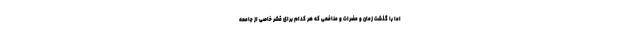
اما با گذشت زمان و مضرات و منافعی که هر کدام برای قشر خاصی از جامعه